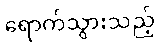
ရောက်သွားသည့်